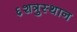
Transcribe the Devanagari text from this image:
६शत्रुस्थान